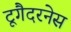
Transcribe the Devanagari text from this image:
टूगैदरनेस